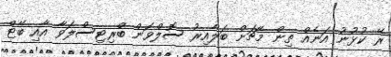
ރޭ ކުޅުނު އަނެއް ތިން މެޗަށް ބަލާއިރު ސޮލްވަން ބްރިޓިސްލަވާ އާއި ބޭޓް